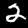
Digit: 2